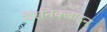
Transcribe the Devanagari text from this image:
वैरेनिक्लाइन